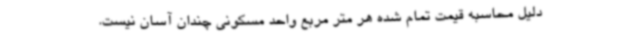
دلیل محاسبه قیمت تمام شده هر متر مربع واحد مسکونی چندان آسان نیست.